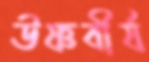
উষ্ণবীর্য